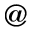
@